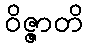
ဝိဇ္ဇာတိ